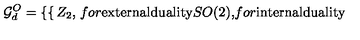
{ \cal G } _ { d } ^ { O } = \left\{ \begin{cases} { Z _ { 2 } , } & { f o r \mathrm { e x t e r n a l d u a l i t y } } \\ { S O ( 2 ) , } & { f o r \mathrm { i n t e r n a l d u a l i t y } } \\ \end{cases} \right.